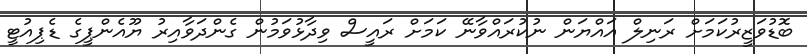
ބޮޑުވަޒީރުކަމަށް ރަނިލް އައްޔަން ނުކުރައްވާނޭ ކަމަށް ރައީސް ވިދާޅުވަމުން ގެންދަވާއިރު ޔޫއެންޕީގެ ޑެޕިއުޓީ